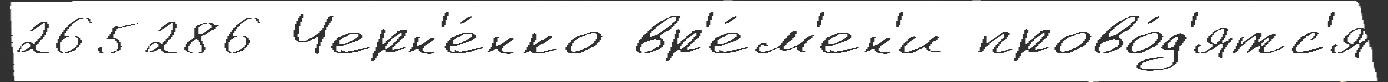
265286 Черн'е́нко вр'е́м'ен'и прово́д'ятс'я